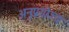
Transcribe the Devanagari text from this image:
अनुप्रयोज्य